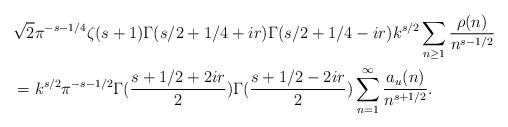
LaTeX: \begin{align*}&\sqrt{2}\pi^{-s-1/4}\zeta(s+1) \Gamma(s/2+1/4+ir)\Gamma(s/2+1/4-ir)k^{s/2}\sum_{n\geq 1} \frac{\rho(n)}{n^{s-1/2}}\\&=k^{s/2}\pi^{-s-1/2}\Gamma(\frac{s+1/2+2ir}{2})\Gamma(\frac{s+1/2-2ir}{2}) \sum_{n=1}^{\infty} \frac{a_{u}(n)}{n^{s+1/2}}.\end{align*}